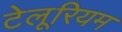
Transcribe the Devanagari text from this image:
टेलूरियम